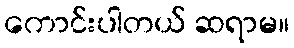
ကောင်းပါတယ် ဆရာမ။